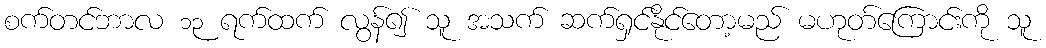
စက်တင်ဘာလ ၁၃ ရက်ထက် လွန်၍ သူ အသက် ဆက်ရှင်နိုင်တော့မည် မဟုတ်ကြောင်းကို သူ